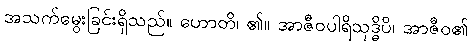
အသက်မွေးခြင်းရှိသည်။ ဟောတိ၊ ၏။ အာဇီဝပါရိသုဒ္ဓိပိ၊ အာဇီဝ၏